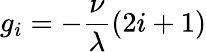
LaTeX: g_{i}=-\frac{\nu}{\lambda}(2i+1)